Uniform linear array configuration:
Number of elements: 24
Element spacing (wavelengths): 1
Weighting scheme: exponential
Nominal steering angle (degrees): -15
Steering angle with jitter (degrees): -14.987
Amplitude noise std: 0.05
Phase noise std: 0.05

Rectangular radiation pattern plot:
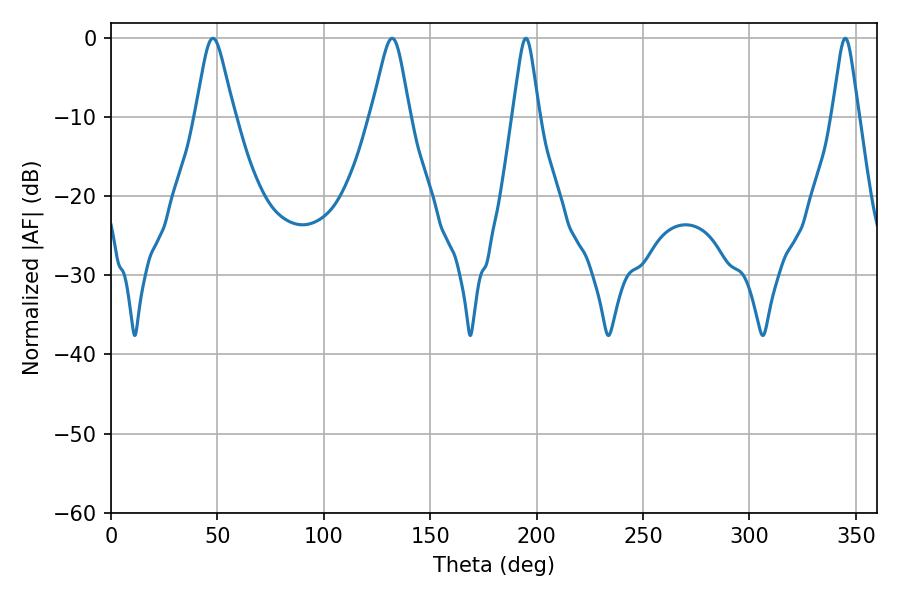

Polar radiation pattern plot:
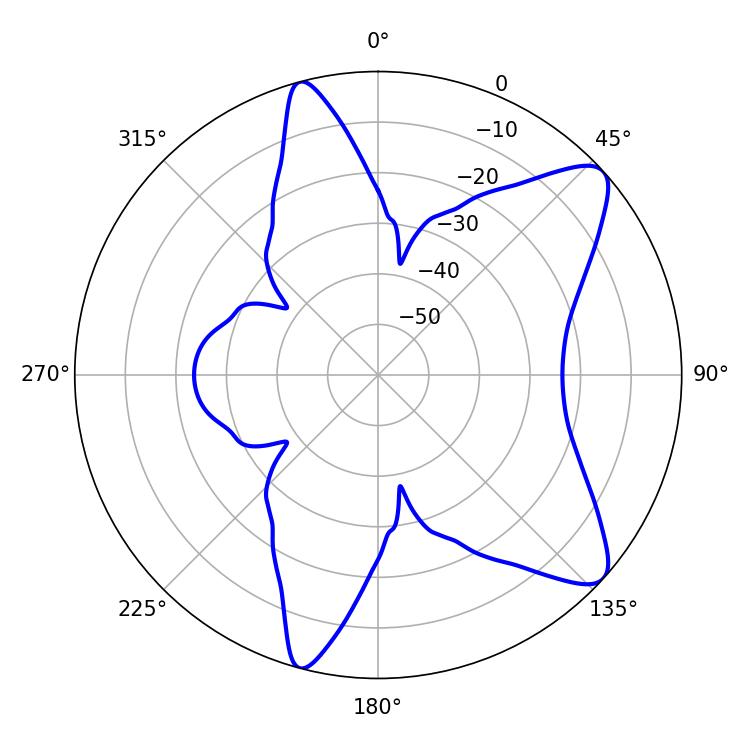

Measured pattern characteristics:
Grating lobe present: TRUE
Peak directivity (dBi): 9.724
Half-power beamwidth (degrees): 8.64
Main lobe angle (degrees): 47.88